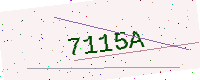
Text: 7115A